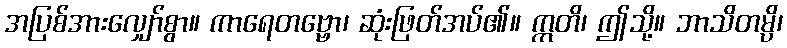
အပြစ်အားလျှော်စွာ။ ကာရေတဗ္ဗော၊ ဆုံးဖြတ်အပ်၏။ ဣတိ၊ ဤသို့။ ဘာသိတမ္ပိ၊